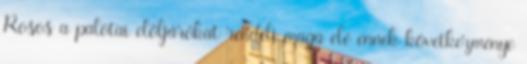
Rosos a palotai elöljárókat rendeli maga elé ennek következménye